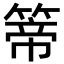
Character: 𥰆